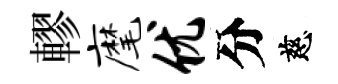
轇麾优分慈